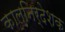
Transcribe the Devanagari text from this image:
कालनिर्देशक